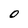
Character: 0